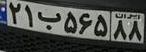
۲۱ب۵۶۵۸۸